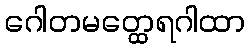
ဂေါတမတ္ထေရဂါထာ